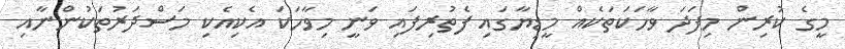
މީގެ ކުރިން މިފަދަ ވާހަކަތަކެއް މީޑިޔާގައި ފެތުރިފައި ވަނީ މިވާހަކަ އެކިއެކި މަސްދަރުތަކުންނާއި